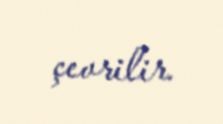
çevrilir.